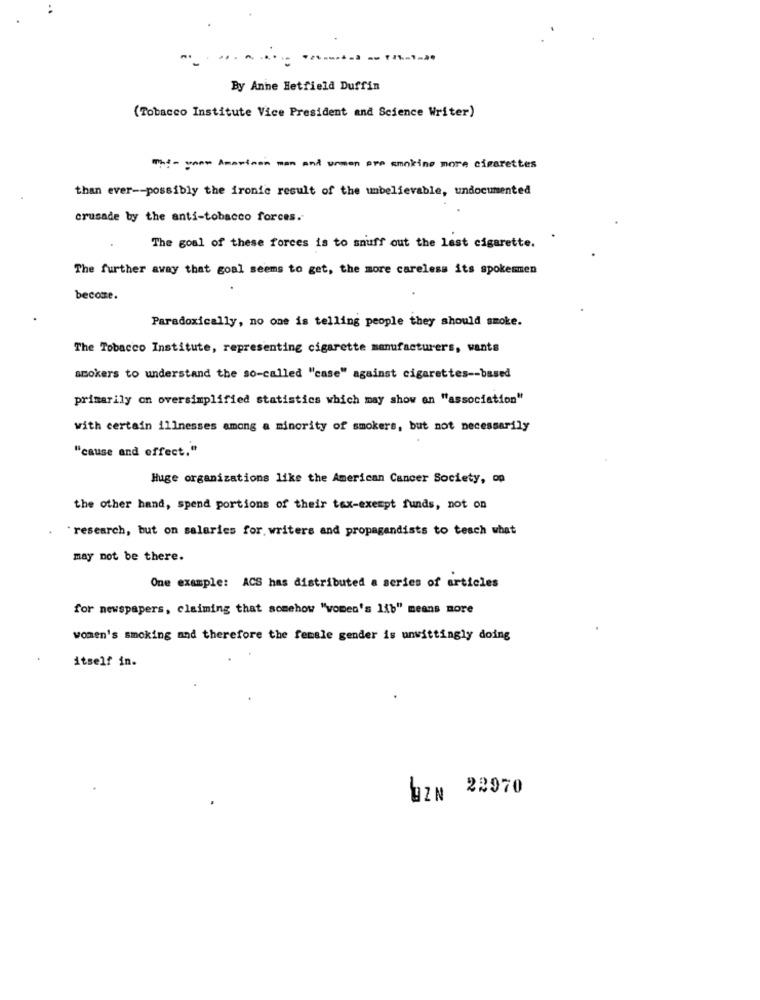
By Anne Hetfield Duffin
(Tobacco Institute Vice President and Science Writer)
The- voos American man and unmen are smoking more cigarettes
than ever -- possibly the ironic result of the unbelievable, undocumented
crusade by the anti-tobacco forces.
The goal of these forces is to snuff out the last cigarette.
The further away that goal seems to get, the more careless its spokemmen
becoze.
Paradoxically, no one is telling people they should smoke.
The Tobacco Institute, representing cigarette manufacturers, wants
smokers to understand the so-called "case" against cigarettes -- based
primarily on oversimplified statistics which may show en "association"
with certain illnesses among a minority of smokers, but not necessarily
"cause and effect."
Huge organizations like the American Cancer Society, op
the other hand, spend portions of their tex-exempt funds, not on
research, but on salaries for. writers and propagandists to teach what
may not be there.
One example: ACS has distributed a series of articles
for newspapers, claiming that somehow "vomen's lib" means more
women's smoking and therefore the female gender is unwittingly doing
itself in.
WZN 22970